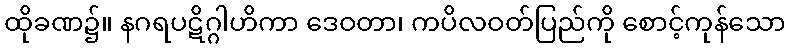
ထိုခဏ၌။ နဂရပဋိဂ္ဂါဟိကာ ဒေဝတာ၊ ကပိလဝတ်ပြည်ကို စောင့်ကုန်သော